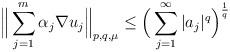
LaTeX: \begin{align*}\Big\| \sum_{j = 1}^m \alpha_j\nabla u_j \Big\|_{p,q,\mu} \leq \Big(\sum_{j = 1}^\infty |a_j|^q\Big)^\frac1{q}\end{align*}